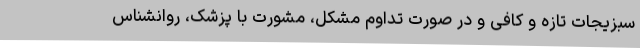
سبزیجات تازه و کافی و در صورت تداوم مشکل، مشورت با پزشک، روانشناس